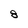
Character: 8